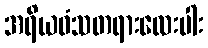
အရိယဝံသတရားလေးပါး